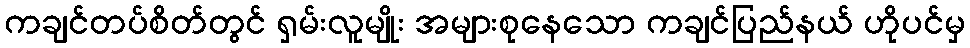
ကချင်တပ်စိတ်တွင် ရှမ်းလူမျိုး အများစုနေသော ကချင်ပြည်နယ် ဟိုပင်မှ